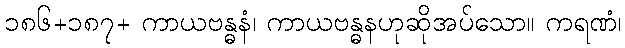
၁၈၆+၁၈၇+ ကာယဗန္ဓနံ၊ ကာယဗန္ဓနဟုဆိုအပ်သော။ ကရဏံ၊